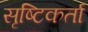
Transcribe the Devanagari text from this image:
सृष्‍टिकर्ता